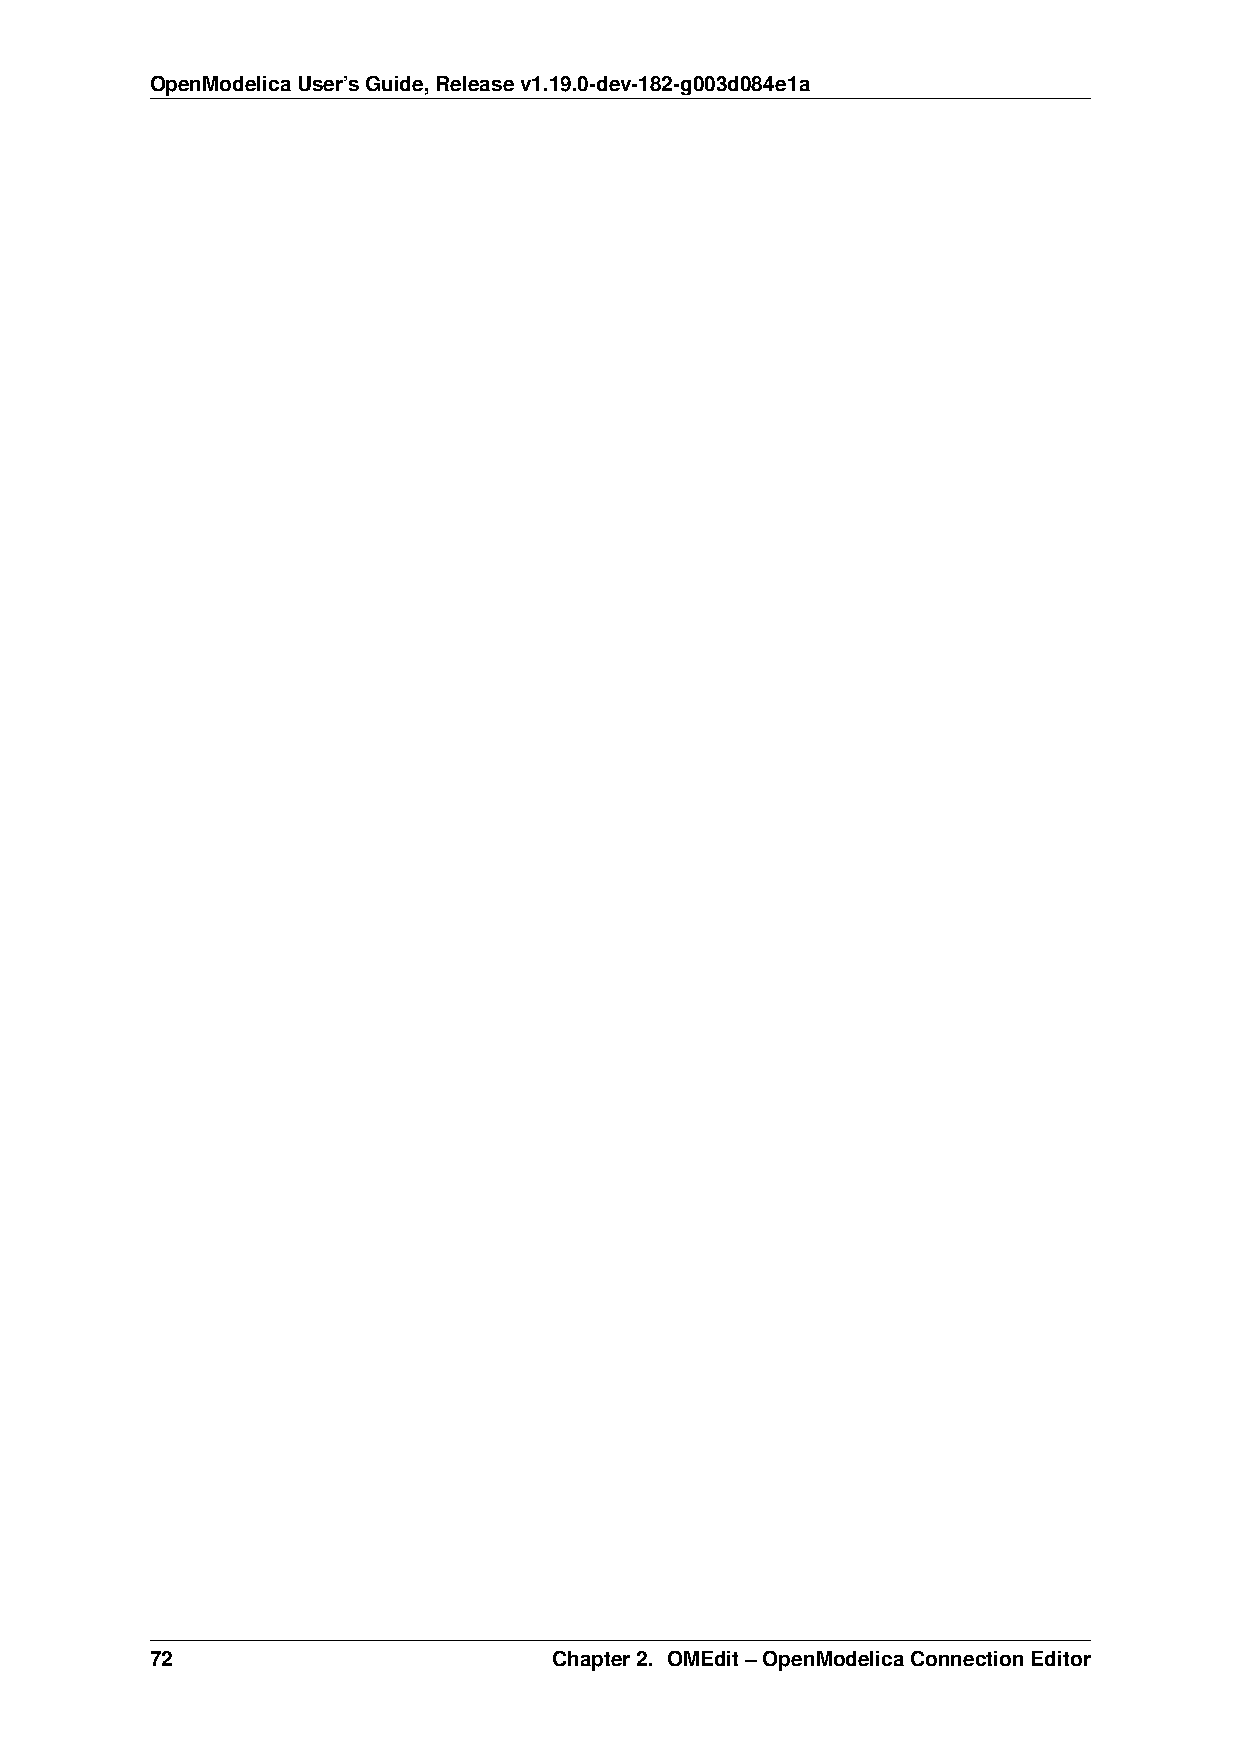
OpenModelicaUser’sGuide,Releasev1.19.0-dev-182-g003d084e1a
 72                         Chapter2. OMEdit–OpenModelicaConnectionEditor